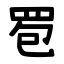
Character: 䍖